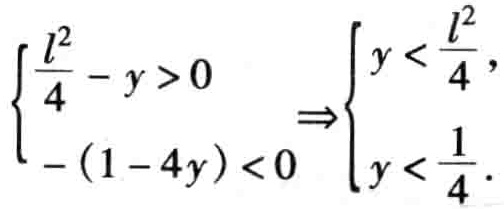
\(\left\{\begin{array}{l}

\frac{l^{2}}{4}-y>0 \\

-(1 - 4y)<0

\end{array}\right. \Rightarrow\left\{\begin{array}{l}

y<\frac{l^{2}}{4}, \\

y<\frac{1}{4}.

\end{array}\right.\)